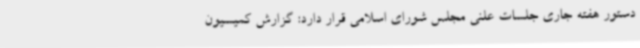
دستور هفته جاری جلسات علنی مجلس شورای اسلامی قرار دارد: گزارش کمیسیون